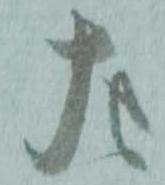
左